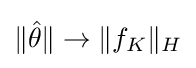
\|{\hat {\theta }}\|\to \|f_{K}\|_{H}